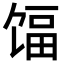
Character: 𬳃